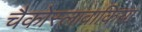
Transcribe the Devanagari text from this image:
चैकोस्लावाकिया